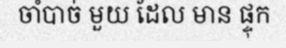
ចាំបាច់ មួយ ដែល មាន ផ្ទុក